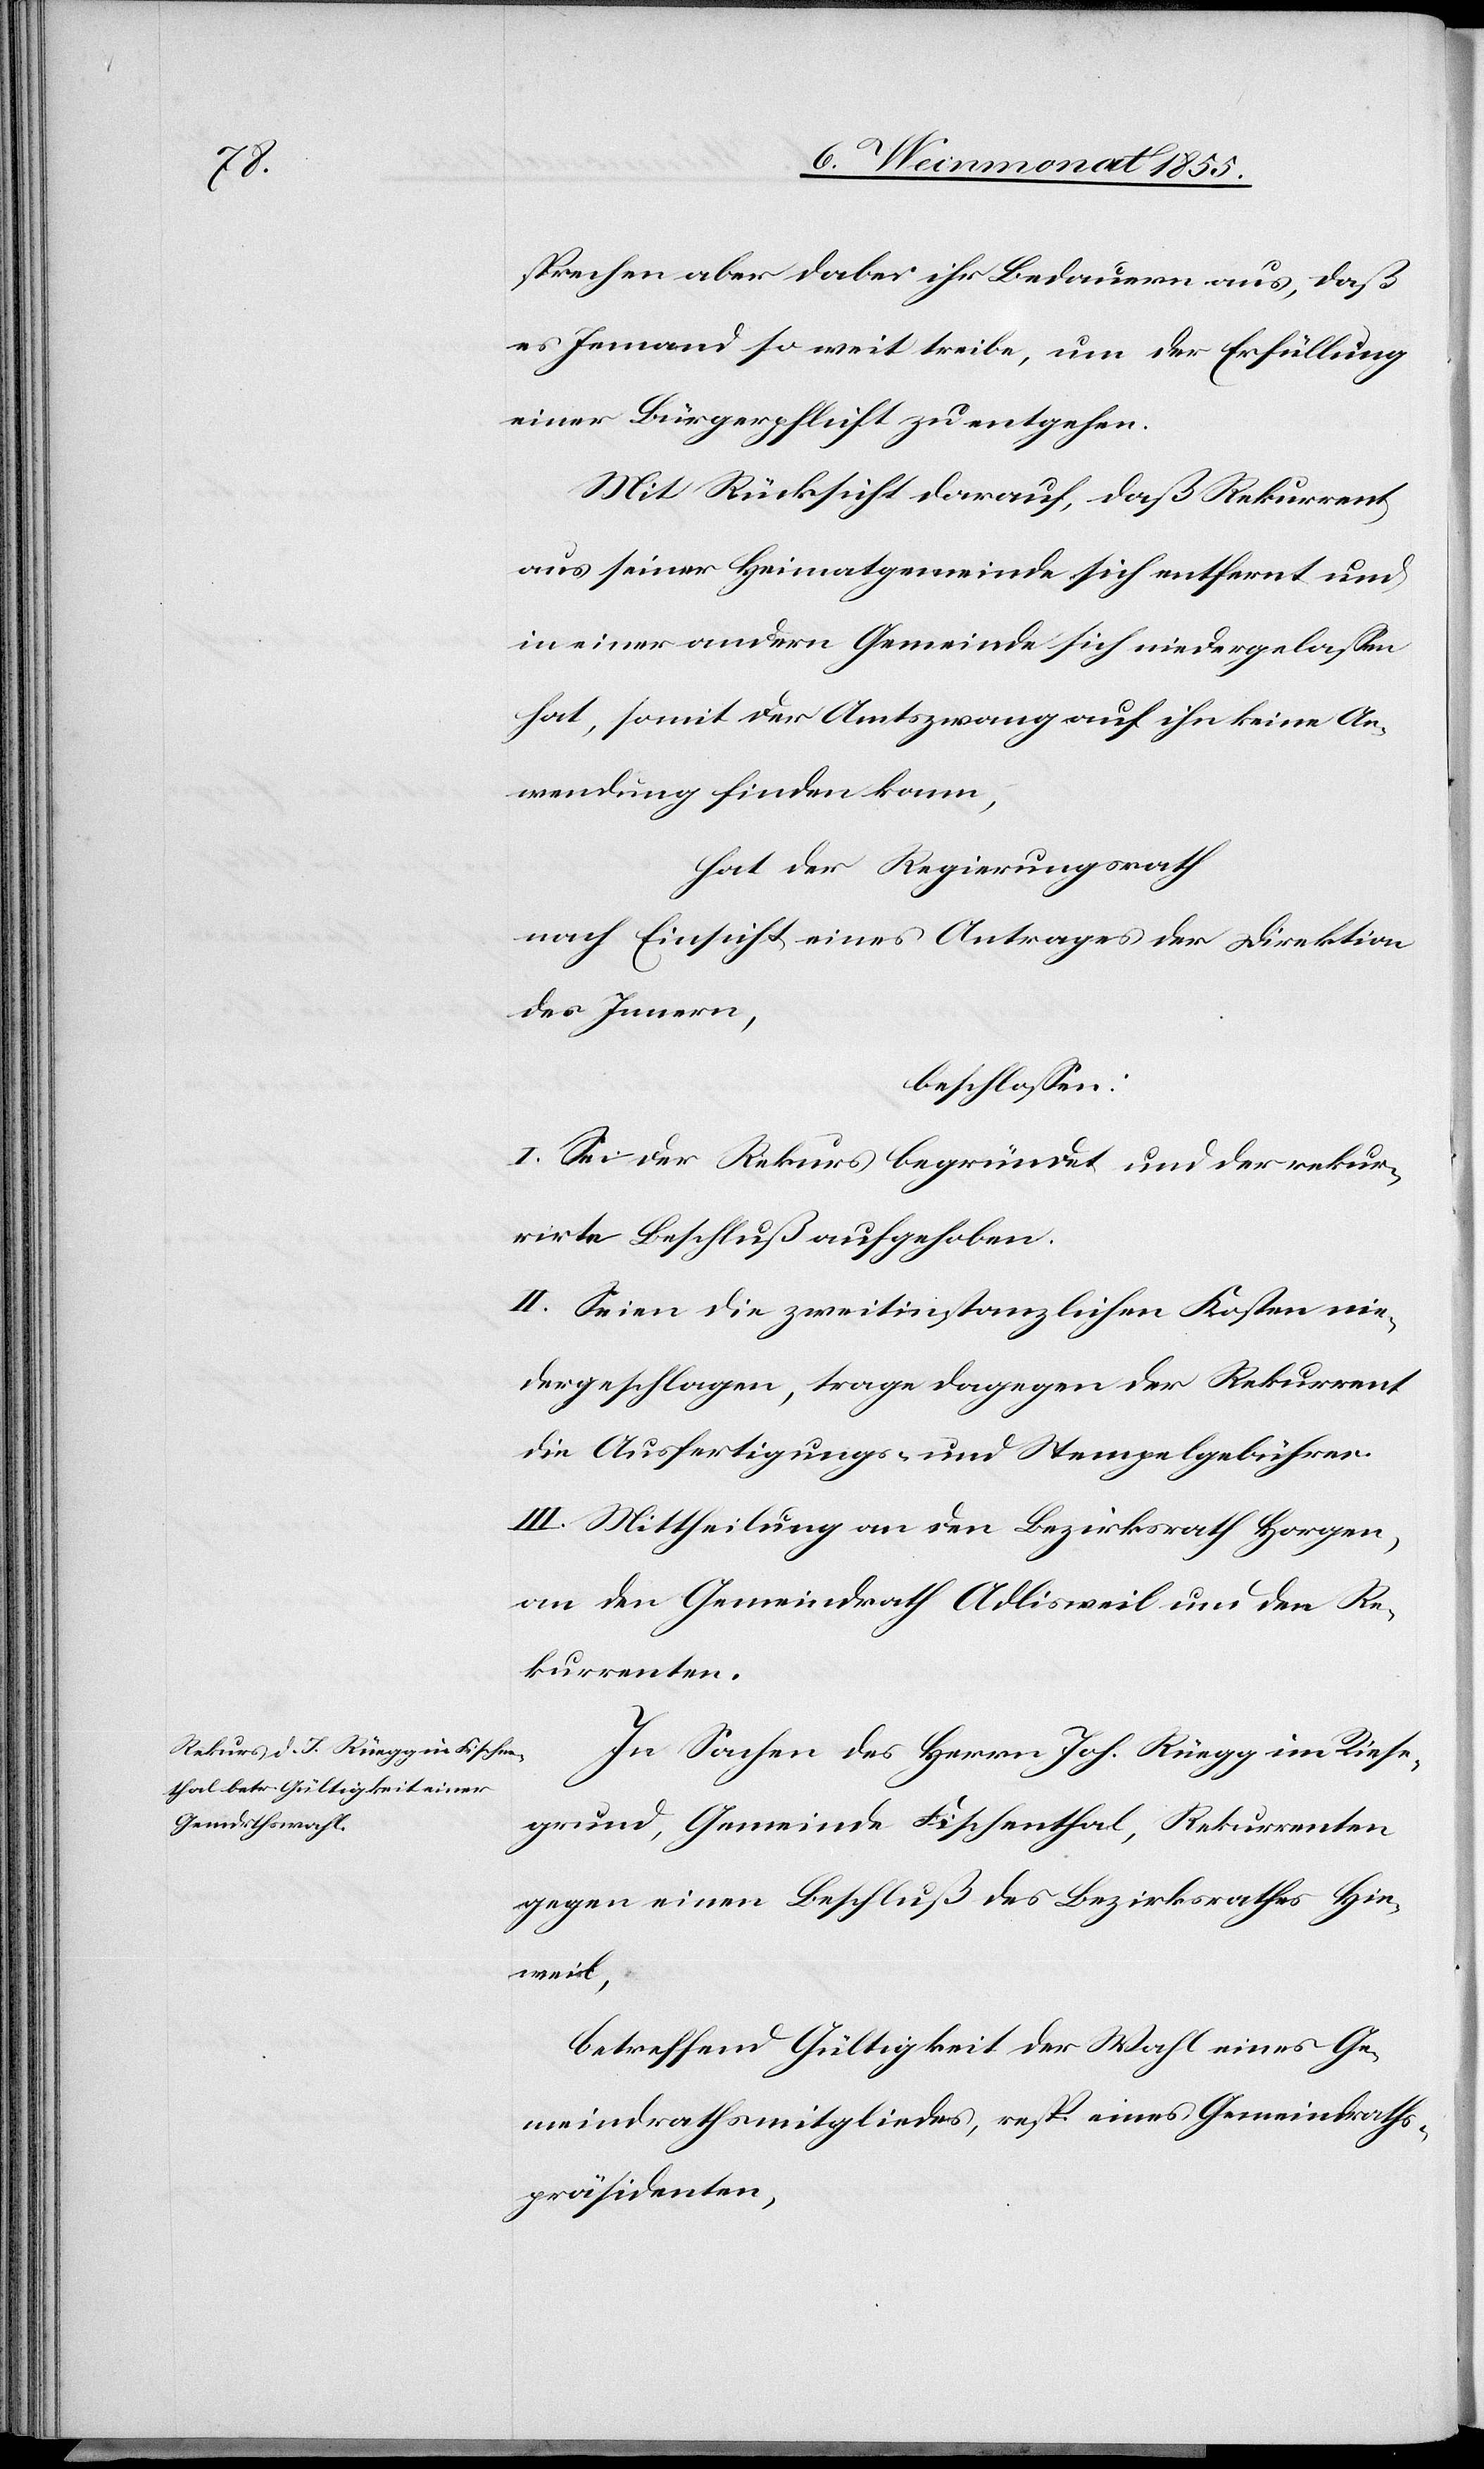
sprechen aber dabei ihr Bedauern aus, daß
es Jemand so weit treibe, um der Erfüllung
einer Bürgerpflicht zu entgehen.
Mit Rücksicht darauf, daß Rekurrent
aus seiner Heimatgemeinde sich entfernt und
in einer andern Gemeinde sich niedergelassen
hat, somit der Amtszwang auf ihn keine An¬
wendung finden kann,
hat der Regierungsrath
nach Einsicht eines Antrages der Direktion
des Innern,
beschlossen:
I. Sei der Rekurs begründet und der rekur¬
rirte Beschluß aufgehoben.
II. Seien die zweitinstanzlichen Kosten nie¬
dergeschlagen, trage dagegen der Rekurrent
die Ausfertigungs- und Stempelgebühren.
III. Mittheilung an den Bezirksrath Horgen,
an den Gemeindrath Adlisweil und den Re¬
kurrenten.
In Sachen des Herrn Joh. Rüegg im Riese¬
grund, Gemeinde Fischenthal, Rekurrenten
gegen einen Beschluß des Bezirksrathes Hin¬
weil,
betreffend Gültigkeit der Wahl eines Ge¬
meindrathsmitgliedes, resp. eines Gemeindraths¬
präsidenten,